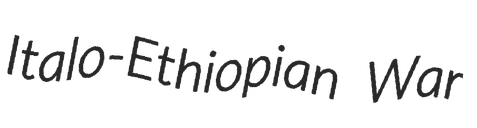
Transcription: Italo-Ethiopian War